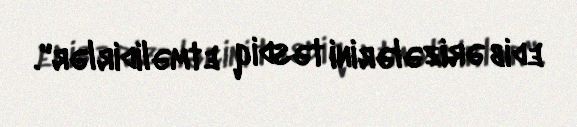
edib ərizələrini təsdiq etməlidirlər".